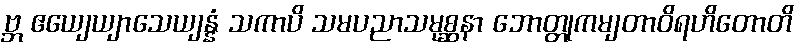
ဗ္ဘ ဧယျေယျာသေယျန္နံ သကာပိ သမပညာသမုစ္ဆနာ ဘောတ္တုကမျတာဝိရဟိတောတိ